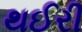
થઈરી